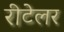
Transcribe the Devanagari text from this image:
रीटेलर